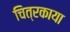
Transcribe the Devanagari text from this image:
चित्रकाया